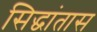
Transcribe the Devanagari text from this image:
सिद्धांतास